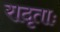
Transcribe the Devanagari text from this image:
रादृताः